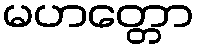
မဟတ္တော